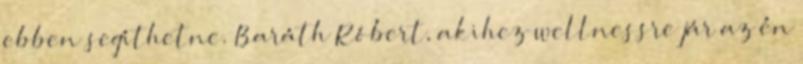
ebben segíthetne. Baráth Róbert, akihez wellnessre jár az én